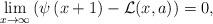
LaTeX: \begin{align*}\lim_{x\rightarrow \infty }\left( \psi \left( x+1\right) -\mathcal{L}(x,a)\right) =0, \end{align*}